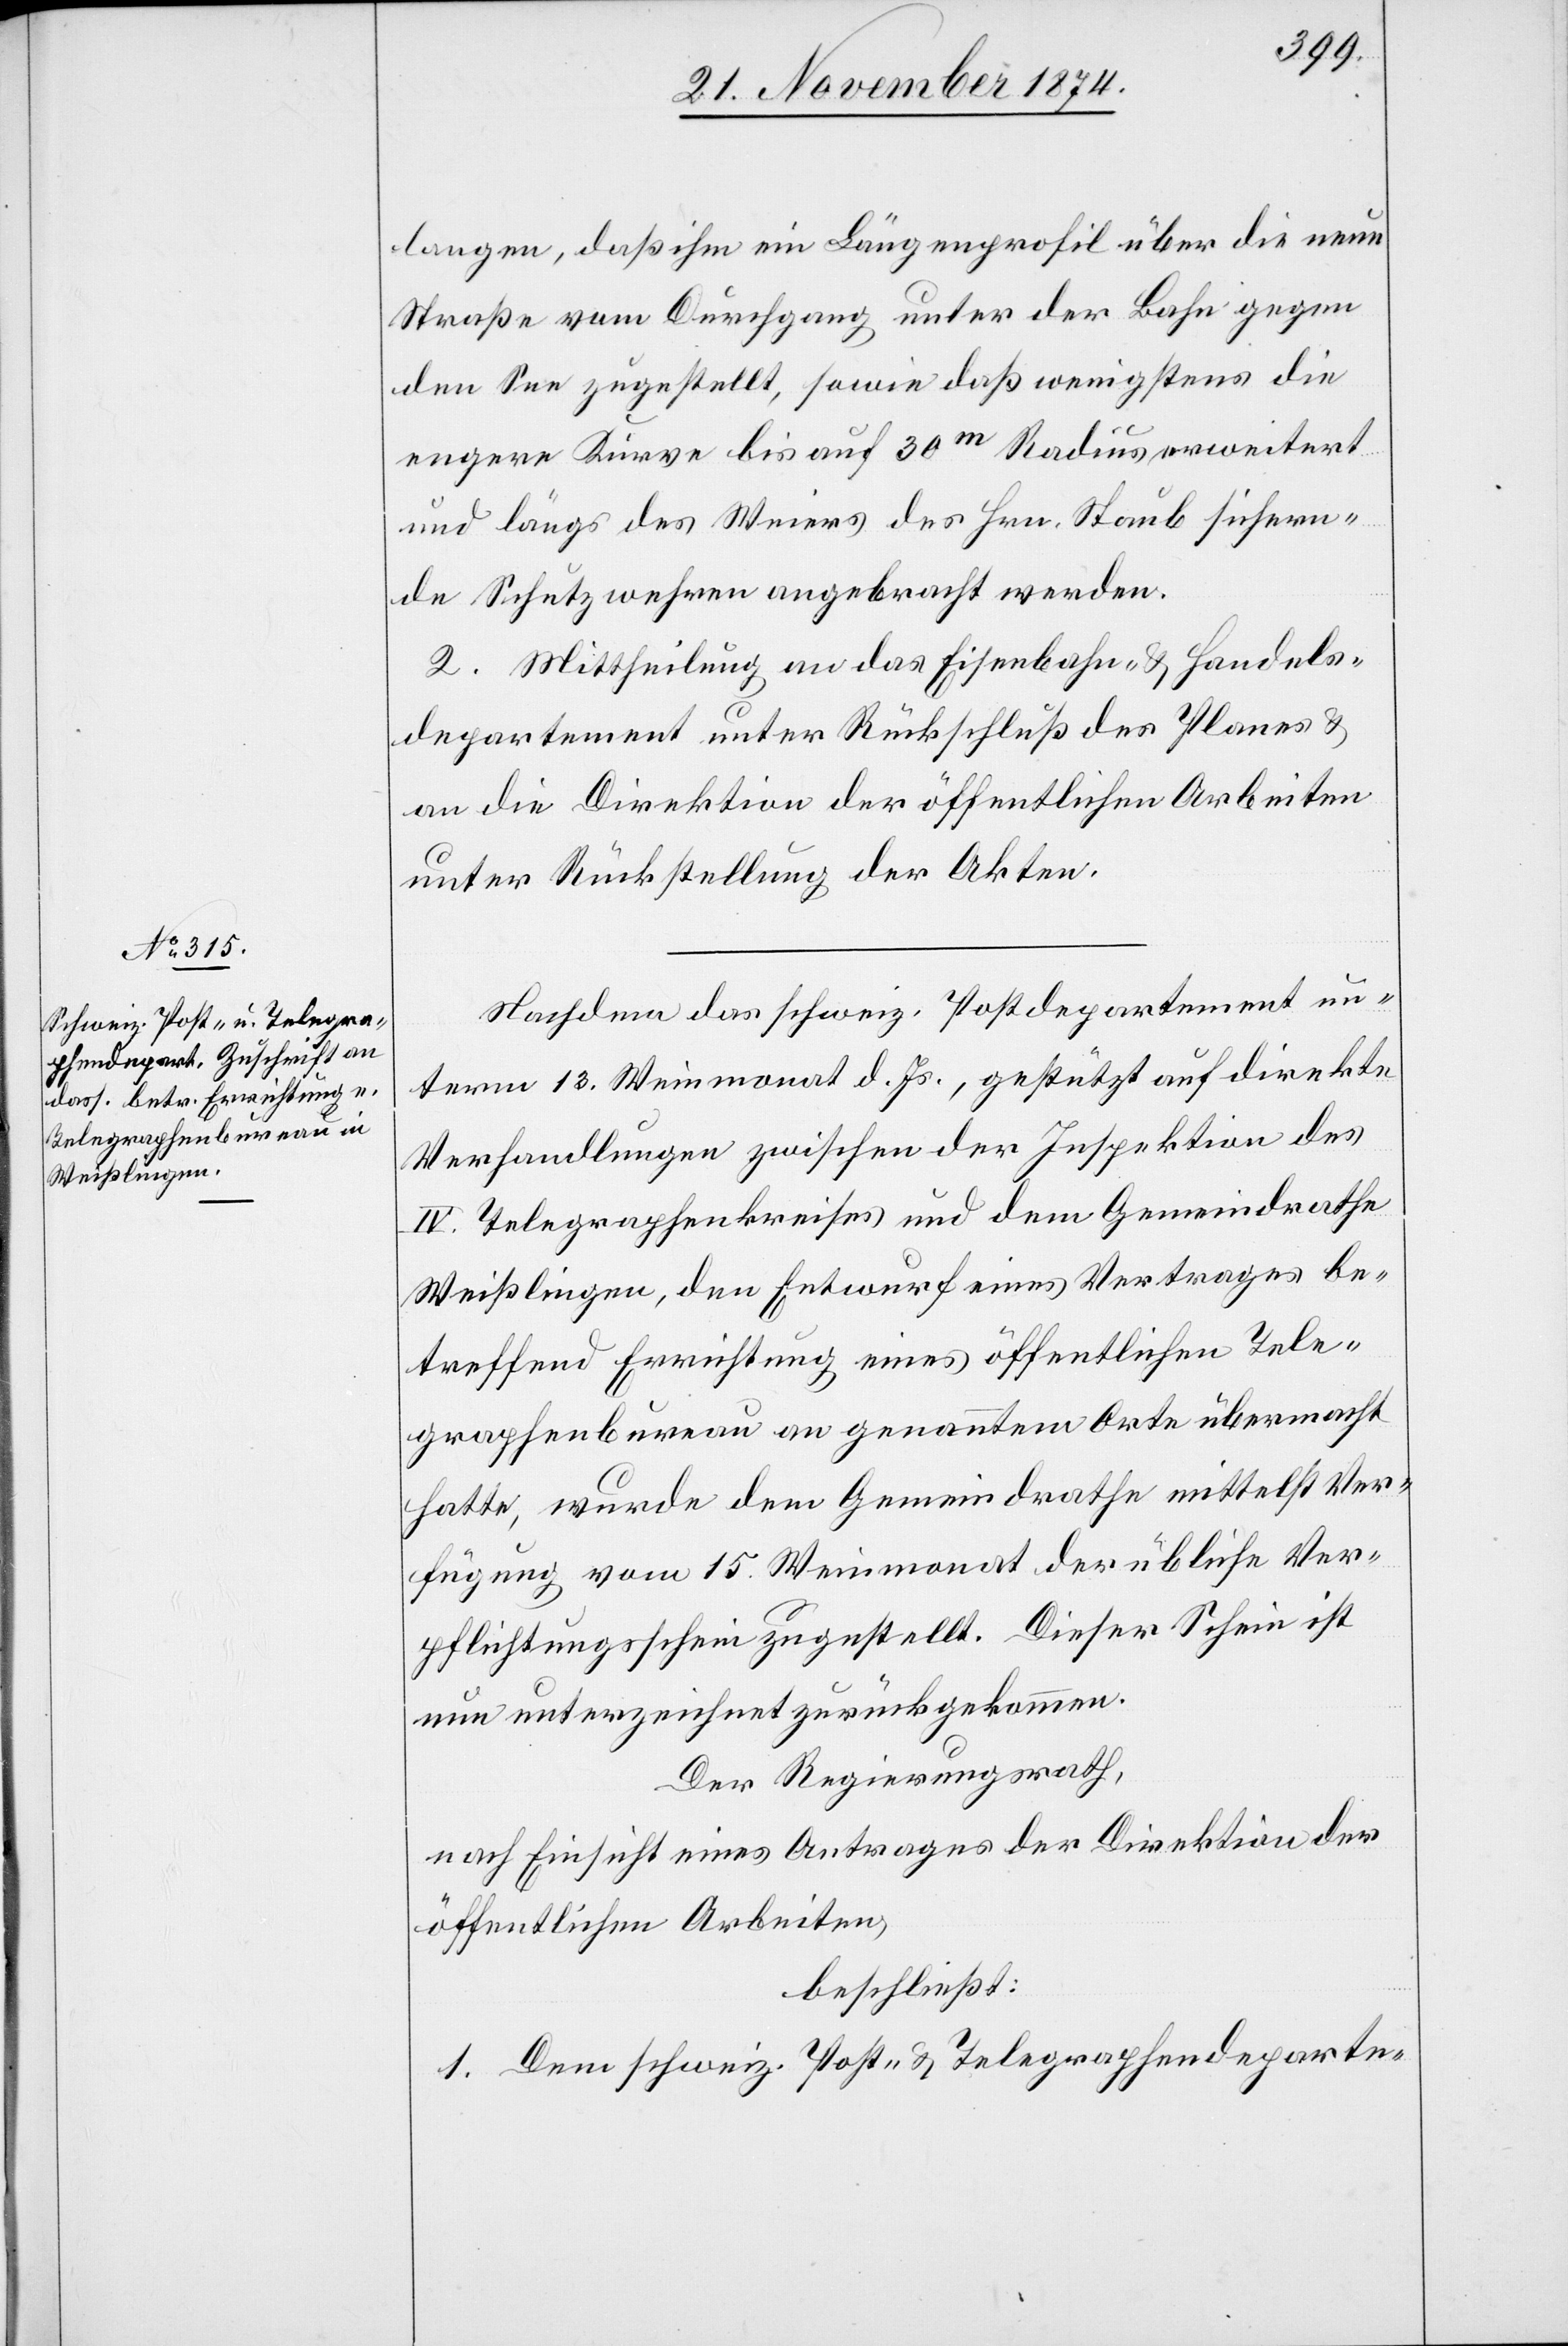
langen, daß ihm ein Längenprofil über die neue
Straße vom Durchgang unter der Bahn gegen
den See zugestellt, sowie daß wenigstens die
engere Kurve bis auf 30m Radius erweitert
und längs des Weiers des Hrn. Staub sichern¬
de Schutzwehren angebracht werden.
2. Mittheilung an das Eisenbahn- & Handels¬
departement unter Rückfluß des Planes &
an die Direktion der öffentlichen Arbeiten
unter Rückstellung der Akten.
Nachdem das schweiz. Postdepartement un¬
term 13. Weinmonat d. Js., gestützt auf direkte
Verhandlungen zwischen der Inspektion des
IV. Telegraphenkreises und dem Gemeindrathe
Weißlingen, den Entwurf eines Vertrages be¬
treffend Errichtung eines öffentlichen Tele¬
graphenbureau an genanntem Orte übermacht
hatte, wurde dem Gemeindrathe mittelst Ver¬
fügung vom 15. Weinmonat der übliche Ver¬
pflichtungsschein zugestellt. Dieser Schein ist
nun unterzeichnet zurückgekommen.
Der Regierungsrath,
nach Einsicht eines Antrages der Direktion der
öffentlichen Arbeiten,
beschließt:
1. Dem schweiz. Post- & Telegraphendeparte-